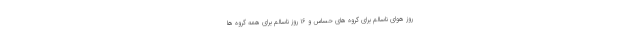
روز هوای ناسالم برای گروه های حساس و ۱۶ روز ناسالم برای همه گروه ها